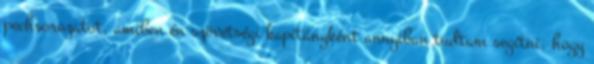
pechsorozatot, amiben én szövetségi kapitányként annyiban tudtam segítni, hogy